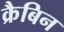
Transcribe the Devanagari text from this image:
क्रैबिन